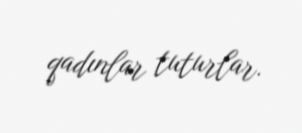
qadınlar tuturlar.